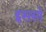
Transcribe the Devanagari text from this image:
इससो